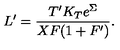
L ^ { \prime } = \frac { T ^ { \prime } K _ { T } e ^ { \Sigma } } { X F ( 1 + F ^ { \prime } ) } .